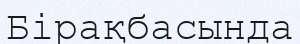
Бірақбасында